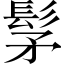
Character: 髳